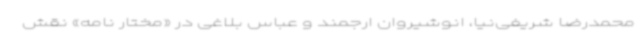
محمدرضا شریفی‌نیا، انوشیروان ارجمند و عباس بلاغی در «مختار نامه» نقش